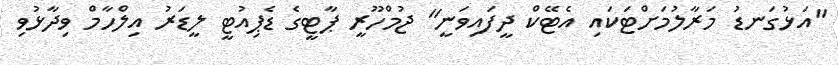
"އަޅުގަނޑު މަރާލުމަށްޓަކައި އެޓޭކް ދީފައިވަނީ" ޖުމްހޫރީ ޕާޓީގެ ޑެޕިއުޓީ ލީޑަރު އިލްހާމް ވިދާޅުވި